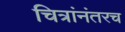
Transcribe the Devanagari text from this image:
चित्रांनंतरच